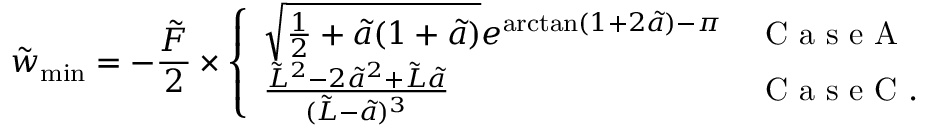
\tilde { w } _ { \mathrm { m i n } } = - \frac { \tilde { F } } { 2 } \times \left\{ \begin{array} { l l } { \sqrt { \frac { 1 } { 2 } + \tilde { a } ( 1 + \tilde { a } ) } e ^ { \arctan ( 1 + 2 \tilde { a } ) - \pi } } & { \mathrm { ~ C ~ a ~ s ~ e ~ A ~ } } \\ { \frac { \tilde { L } ^ { 2 } - 2 \tilde { a } ^ { 2 } + \tilde { L } \tilde { a } } { ( \tilde { L } - \tilde { a } ) ^ { 3 } } } & { \mathrm { ~ C ~ a ~ s ~ e ~ C ~ . ~ } } \end{array} \right.